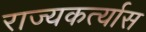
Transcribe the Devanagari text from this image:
राज्यकर्त्यास